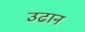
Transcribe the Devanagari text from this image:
उढान